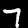
Label: 7